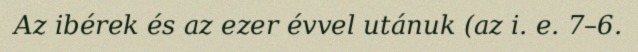
Az ibérek és az ezer évvel utánuk (az i. e. 7–6.